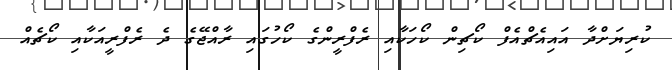
ކުރިޔަށްދާ އައިއެޗްއެފް ކޯޗިން ކޯހަކާއި ރެފްރީންގެ ކޯހުގައި ރާއްޖޭގެ ދެ ރެފްރީއަކާއި ކޯޗެއް